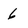
Character: 6